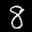
Label: 8